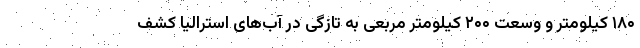
۱۸۰ کیلومتر و وسعت ۲۰۰ کیلومتر مربعی به تازگی در آب‌های استرالیا کشف